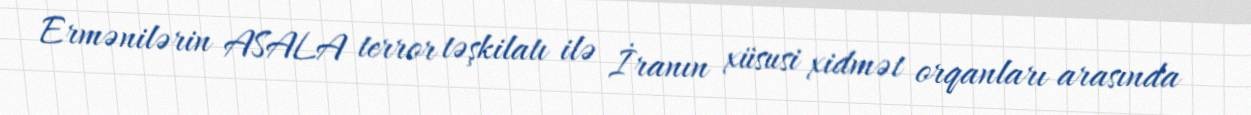
Ermənilərin ASALA terror təşkilatı ilə İranın xüsusi xidmət orqanları arasında